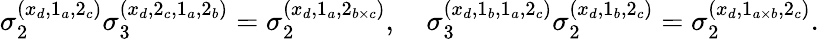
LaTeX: \sigma_{2}^{(x_{d},1_{a},2_{c})}\sigma_{3}^{(x_{d},2_{c},1_{a},2_{b})}=\sigma_{2}^{(x_{d},1_{a},2_{b\times c})},\quad\sigma_{3}^{(x_{d},1_{b},1_{a},2_{c})}\sigma_{2}^{(x_{d},1_{b},2_{c})}=\sigma_{2}^{(x_{d},1_{a\times b},2_{c})}.